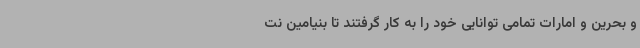
و بحرین و امارات تمامی توانایی خود را به کار گرفتند تا بنیامین نت